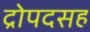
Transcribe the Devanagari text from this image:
द्रोपदसह